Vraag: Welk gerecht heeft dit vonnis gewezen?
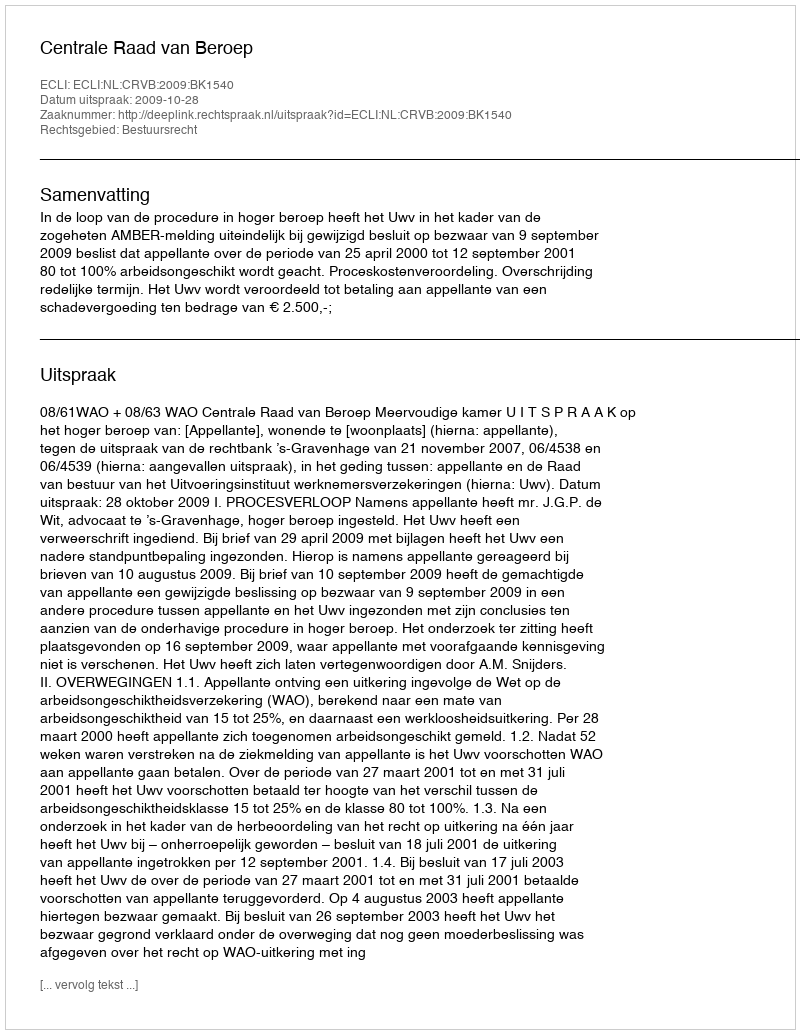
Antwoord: Centrale Raad van Beroep